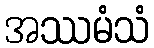
အဿမံသံ